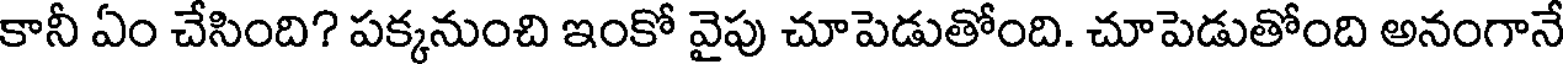
కానీ ఏం చేసింది? పక్కనుంచి ఇంకో వైపు చూపెడుతోంది. చూపెడుతోంది అనంగానే